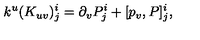
k ^ { u } ( K _ { u v } ) _ { j } ^ { i } = \partial _ { v } P _ { j } ^ { i } + [ p _ { v } , P ] _ { j } ^ { i } ,